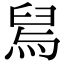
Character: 舃